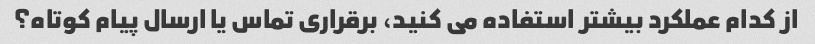
از کدام عملکرد بیشتر استفاده می کنید، برقراری تماس یا ارسال پیام کوتاه؟